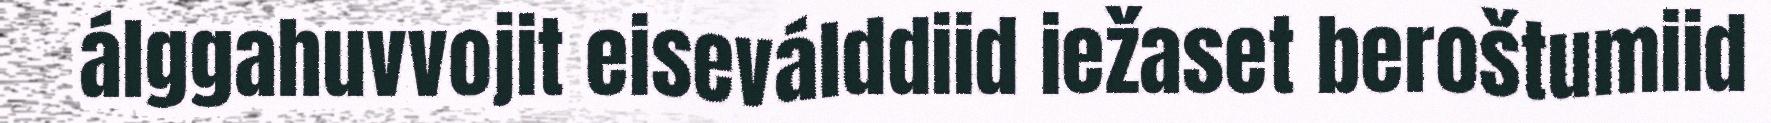
álggahuvvojit eiseválddiid iežaset beroštumiid